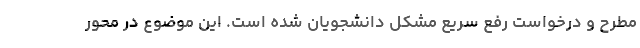
مطرح و درخواست رفع سریع مشکل دانشجویان شده است. این موضوع در محور